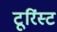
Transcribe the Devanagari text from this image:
टूरिंस्ट